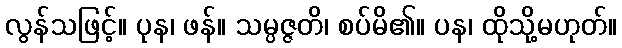
လွန်သဖြင့်။ ပုန၊ ဖန်။ သမ္ပဇ္ဇတိ၊ စပ်မိ၏။ ပန၊ ထိုသို့မဟုတ်။